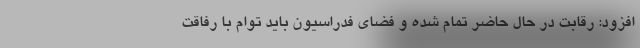
افزود: رقابت در حال حاضر تمام شده و فضای فدراسیون باید توام با رفاقت